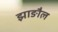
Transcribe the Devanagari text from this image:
झाङौल